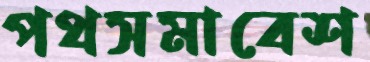
পথসমাবেশ